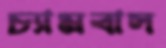
চ্যামবাস